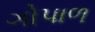
ગોપાળ